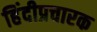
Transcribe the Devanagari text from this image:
हिंदीप्रचारक